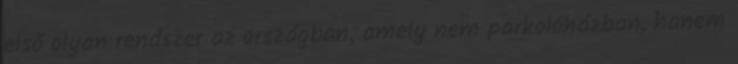
első olyan rendszer az országban, amely nem parkolóházban, hanem